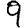
Digit: 9